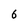
Character: 6